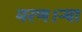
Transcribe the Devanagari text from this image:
मरण।ऱ्या